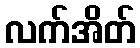
လက်အိတ်